Annual report of the Madras Medical College
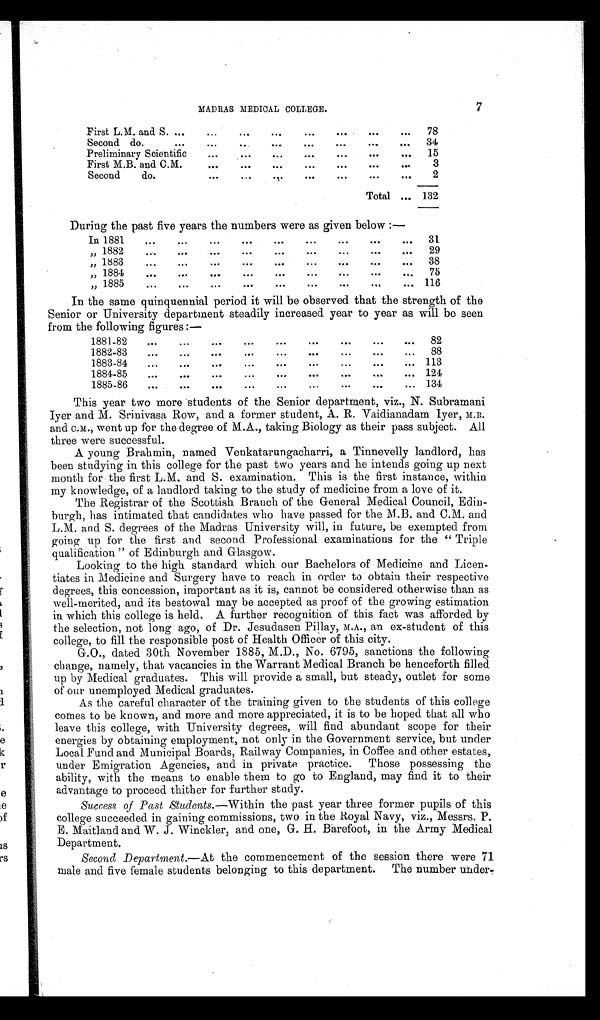
MADRAS MEDICAL COLLEGE.
7
First L.M. and S.
78
Second do.
34
Preliminary Scientific
15
First M.B. and C.M.
3
Second do.
2
Total
132
During the east five years the numbers were as given below :—
In 1881
31
„ 1882
29
„ 1883
38
„ 1884
75
„ 1885
116
In the same quinquennial period it will be observed that the strength of the
Senior or University department steadily increased year to year as will be seen
from the following figures :—
1881-82
82
1882-83
88
1883-84
113
1884-85
124
1885-86
134
This year two more students of the Senior department, viz., N. Subramani
Iyer and M. Srinivasa Row, and a former student, A. R. Vaidianadam Iyer,
and C.M., went up for the degree of M.A., taking Biology as their pass subject. All
three were successful.
A young Brahmin, named Venkatarungacharri, a Tinnevelly landlord, has
been studying in this college for the past two years and he intends going up next
month for the first L.M. and S. examination. This is the first instance, within
my knowledge, of a landlord taking to the study of medicine from a love of it.
The Registrar of the Scottish Branch of the General Medical Council, Edin
burgh, has intimated that candidates who have passed for the M.B. and C.M. and
L.M. and S. degrees of the Madras University will, in future, be exempted from
going up for the first and second Professional examinations for the "Triple
qualification" of Edinburgh and Glasgow.
Looking to the high standard which our Bachelors of Medicine and Licen
tiates in Medicine and Surgery have to reach in order to obtain their respective
degrees, this concession, important as it is, cannot be considered otherwise than as
well-merited, and its bestowal may be accepted as proof of the growing estimation
in which this college is held. A further recognition of this fact was afforded by
the selection, not long ago, of Dr. Jesudasen Pillay, M.A., an ex-student of this
college, to fill the responsible post of Health Officer of this city.
G.O., dated 30th November 1885, M.D., No. 6795, sanctions the following
change, namely, that vacancies in the Warrant Medical Branch be henceforth filled
up by Medical graduates. This will provide a small, but steady, outlet for some
of our unemployed Medical graduates.
As the careful character of the training given to the students of this college
comes to be known, and more and more appreciated, it is to be hoped that all who
leave this college, with University degrees, will find abundant scope for their
energies by obtaining employment, not only in the Government service, but under
Local Fund and Municipal Boards, Railway Companies, in Coffee and other estates,
under Emigration Agencies, and in private practice. Those possessing the
ability, with the means to enable them to go to England, may find it to their
advantage to proceed thither for further study.
Success of Past Students. —Within the past year three former pupils of this
college succeeded in gaining commissions, two in the Royal Navy, viz., Messrs. P.
E. Maitland and W. J. Winckler, and one, G. H. Barefoot, in the Army Medical
Department.
Second Department. —At the commencement of the session there were 71
male and five female students belonging to this department. The number under-